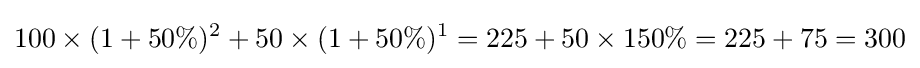
100\times (1+50\%)^{2}+50\times (1+50\%)^{1}=225+50\times 150\%=225+75=300